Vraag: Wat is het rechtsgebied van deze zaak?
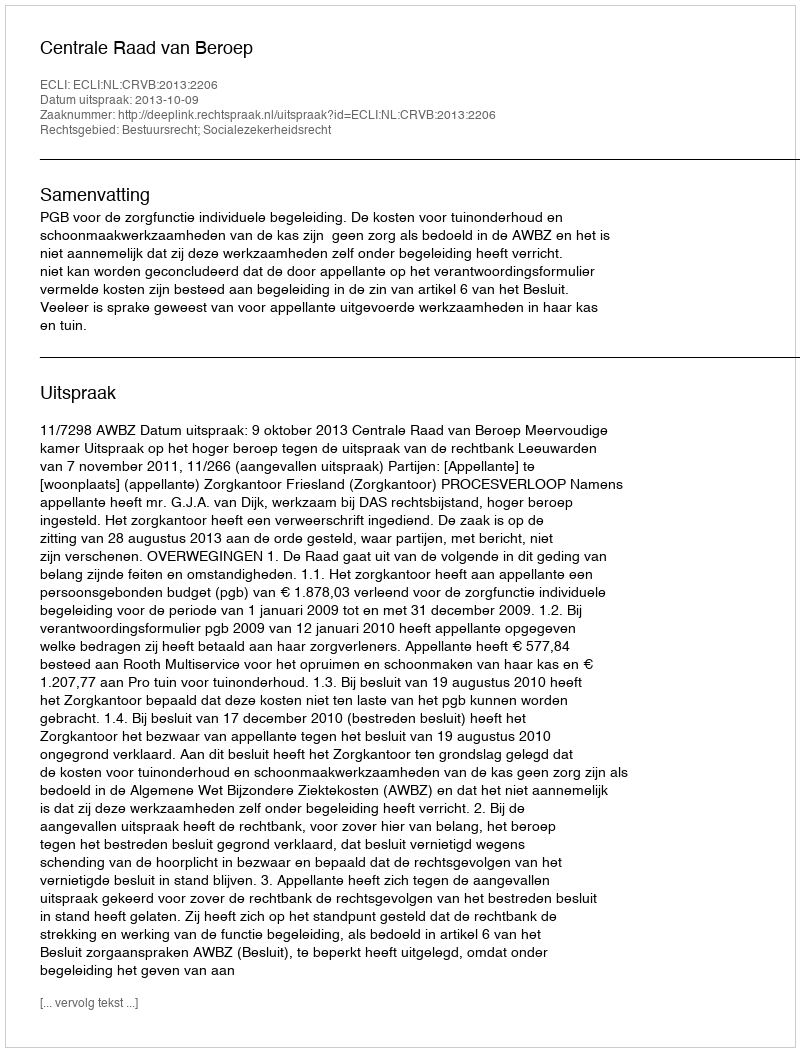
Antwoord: Bestuursrecht; Socialezekerheidsrecht